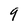
Character: 9